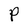
Character: P